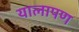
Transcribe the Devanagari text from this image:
यालापण